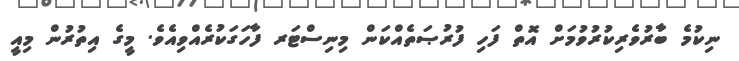
ނިކުމެ ބާރުވެރިކުރުވުމަށް އޮތް ފަހި ފުރުޞަތެއްކަން މިނިސްޓަރ ފާހަގަކުރެއްވިއެވެ. މީގެ އިތުރުން މިއީ